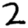
Digit: 2